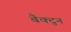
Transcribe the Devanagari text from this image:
बैक्टुन